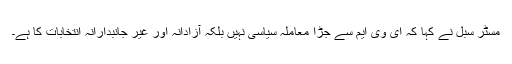
مسٹر سبل نے کہا کہ ای وی ایم سے جڑا معاملہ سیاسی نہیں بلکہ آزادانہ اور غیر جانبدارانہ انتخابات کا ہے۔